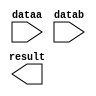
module mul_20 (
	dataa,
	datab,
	result);

	input	[19:0]  dataa;
	input	[17:0]  datab;
	output	[37:0]  result;

endmodule